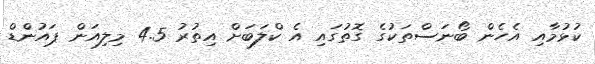
ކުޅުމާއި އެހެން ބޯނަސްތަކުގެ ގޮތުގައި އެ ކްލަބަށް އިތުރު 4.5 މިލިއަން ޕައުންޑް